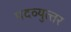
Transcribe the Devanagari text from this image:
पदव्‍युत्‍तर